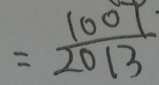
= \frac { 1 0 0 7 } { 2 0 1 3 }